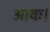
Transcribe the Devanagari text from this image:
आवः।